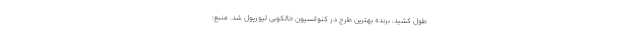
طول کشید، برنده بهترین طرح در کنوانسیون خالکوبی لیورپول شد. منبع: